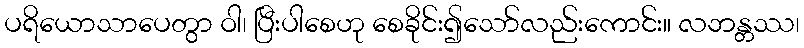
ပရိယောသာပေတွာ ဝါ၊ ပြီးပါစေဟု စေခိုင်း၍သော်လည်းကောင်း။ လဘန္တဿ၊